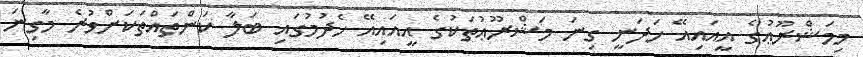
މިމަޝްރޫޢުގެ އީއައިއޭ ހަދަނީ ގިނަ މަޝްރޫޢުތަކުގެ އީއައިއޭ ހެދުމުގައި ބަލާ ކަންތައްތަކަށްވުރެ މާގިނަ